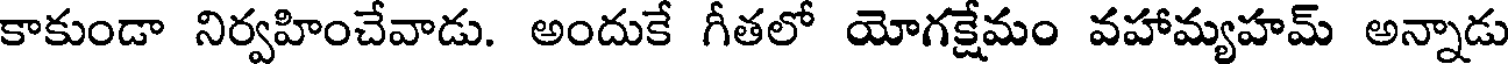
కాకుండా నిర్వహించేవాడు. అందుకే గీతలో యోగక్షేమం వహామ్యహమ్ అన్నాడు